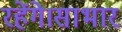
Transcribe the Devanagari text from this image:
रहेंगे।साभार